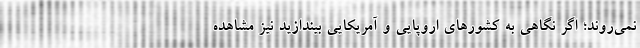
نمی‌روند؛ اگر نگاهی به کشورهای اروپایی و آمریکایی بیندازید نیز مشاهده